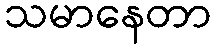
သမာနေတာ